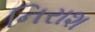
નિરાશ